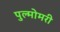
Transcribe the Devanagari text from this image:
पुल्मोमरी